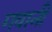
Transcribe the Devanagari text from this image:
गवानी